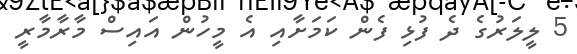
5 ލީލަރުގެ ދެ ފުޅި ފެން ކަމަށާއި އެ މީހުން އައިސް މާރާމާރީ